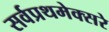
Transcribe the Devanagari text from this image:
सर्वप्रथमेक्सरे